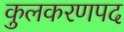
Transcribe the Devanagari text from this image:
कुलकरणपद